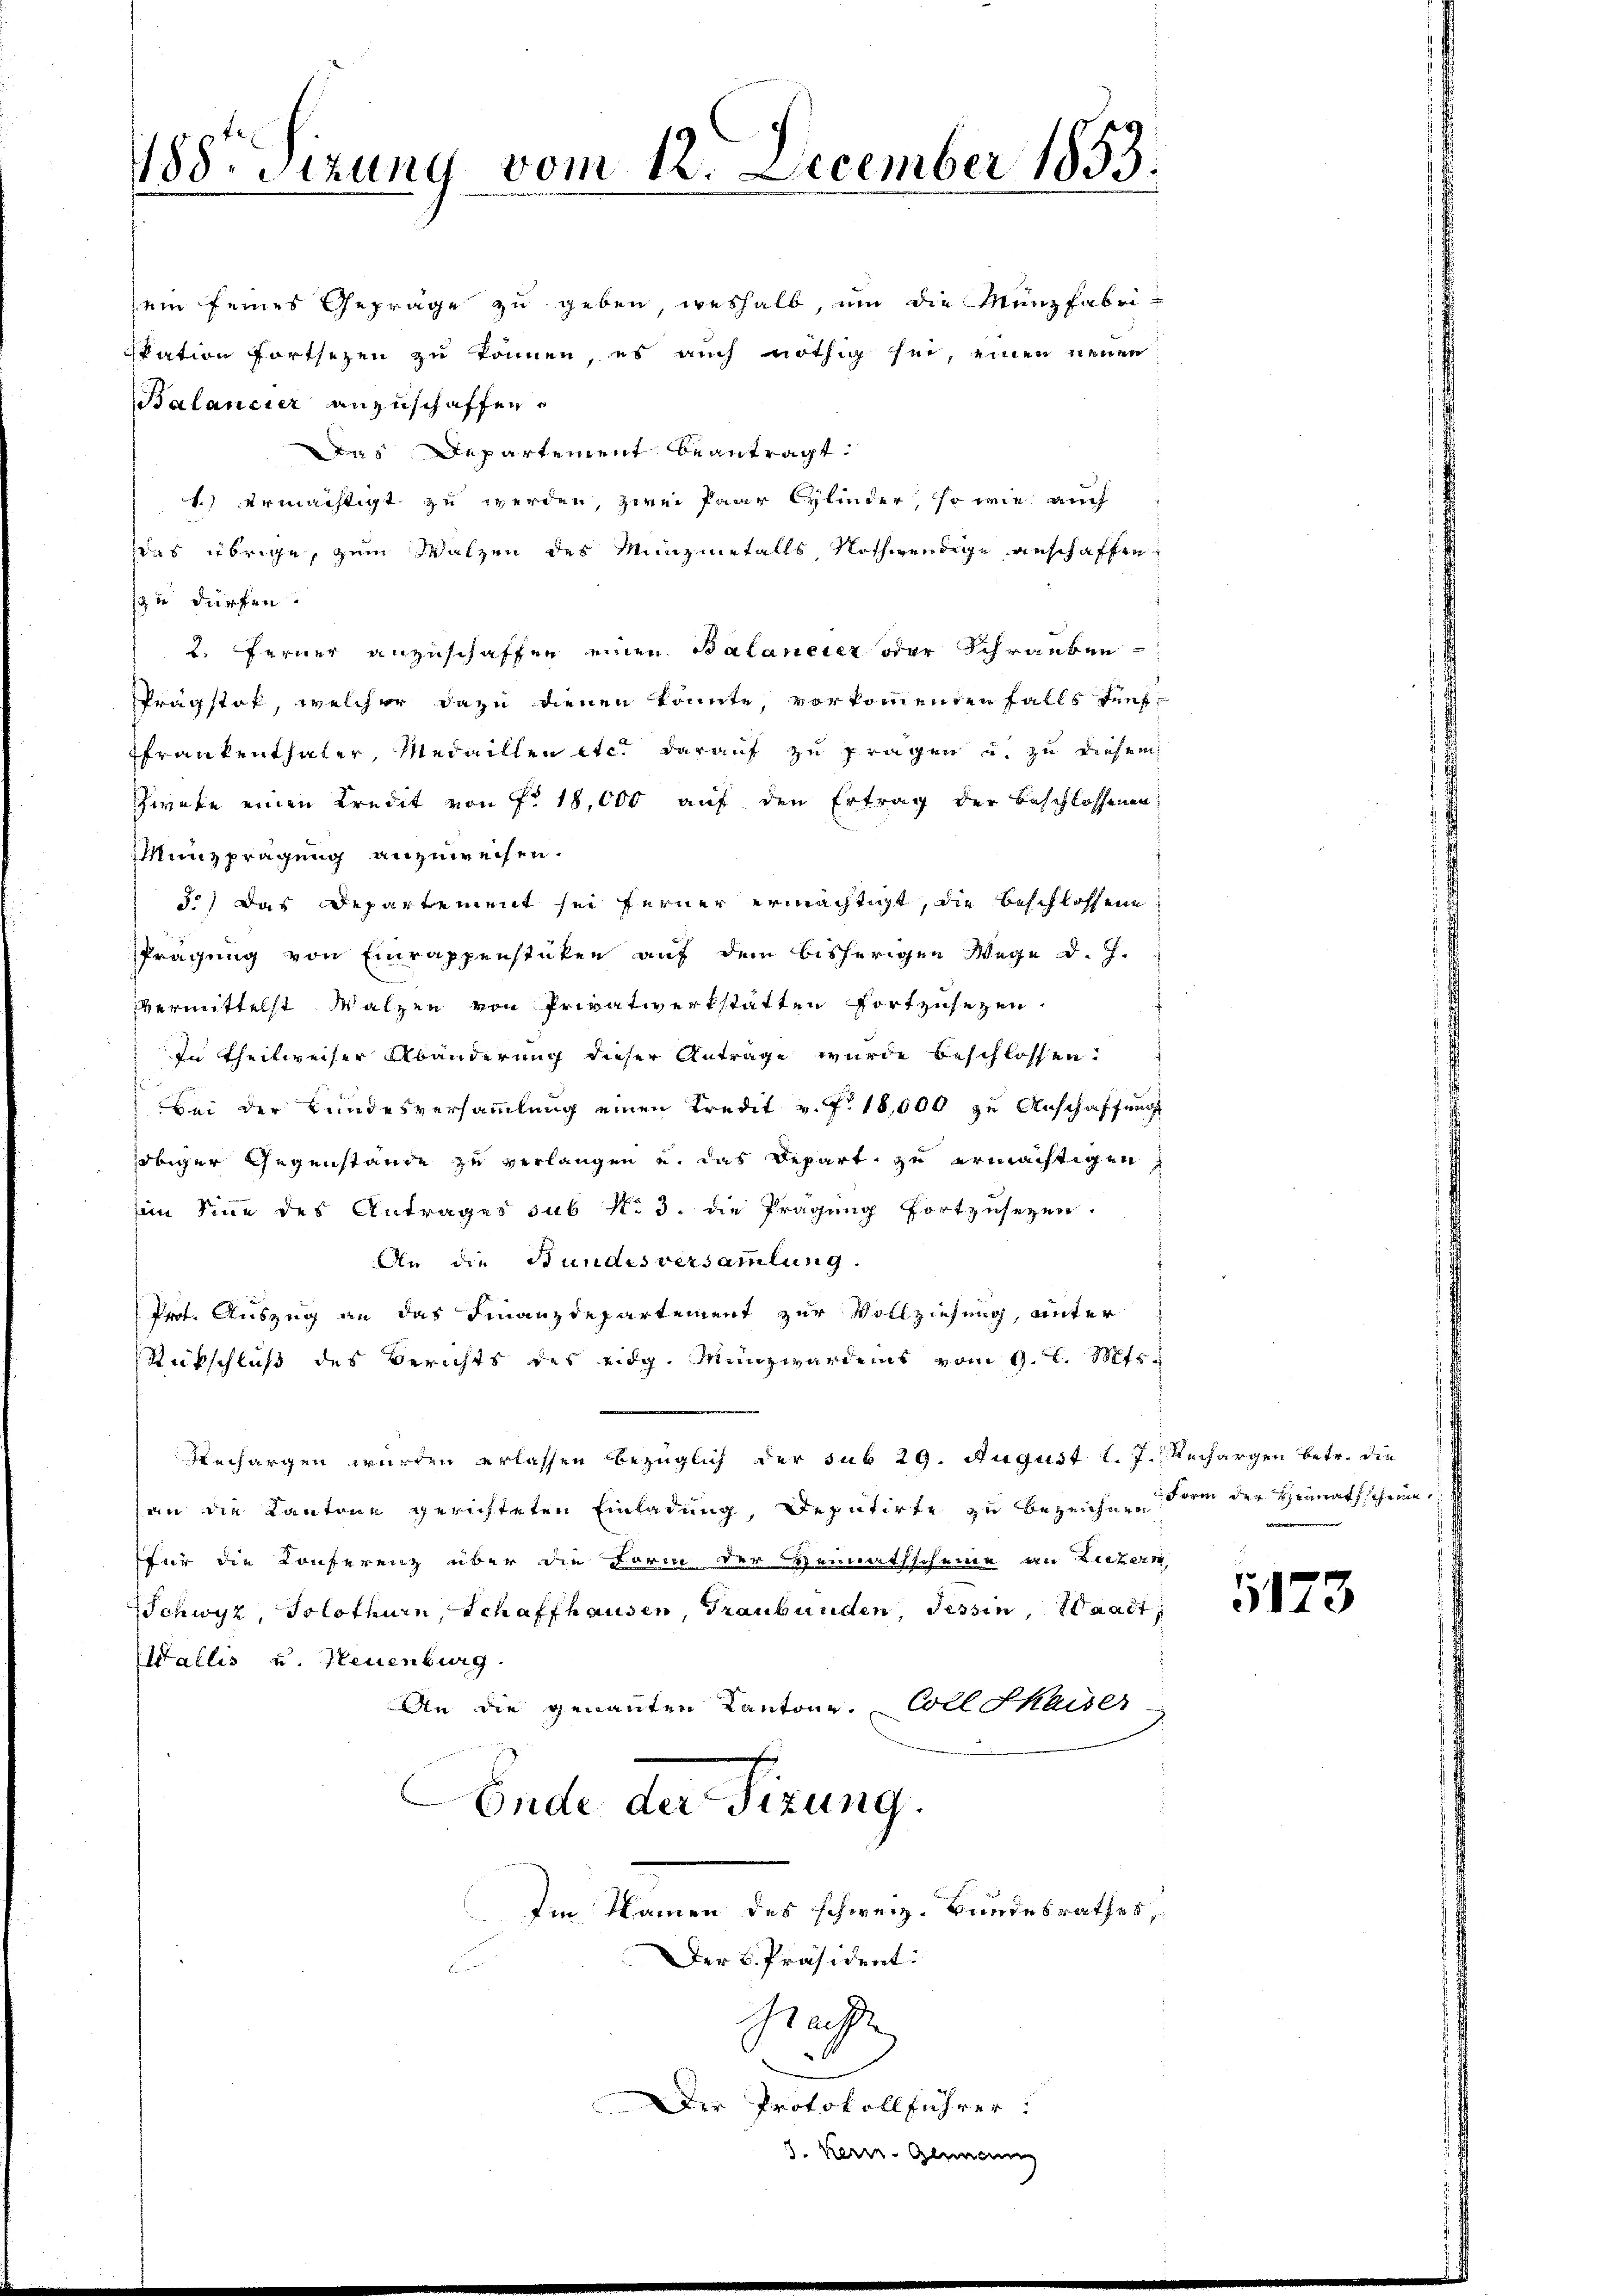
488. Sizung vom 12. December 1853.

sein seines Gepräge zu geben, weshalb, um die Münzfabri-
kation fortsezen zu können, es auch nöthig sei, einen neuen
alancier anzuschaffen.
us Departement beantragt.
1.) ermächtigt zu werden, zwei Paar Cylinder, so wie auch
as übrige, zum Walzen des Minzmetalls, Nothwendige anschaffen
zu dürfen.
2. ferner anzuschaffen einen Balaneter oder Schrauben
Prägstok, welcher dazu dienen könnte, vorkommenden falls fünf¬
Frankenthaler, Medaillen etc. darauf zu fragen u. zu diesem
Zwete einen Kredit von Fr. 18,000 auf den Ertrag der Beschlossenen,
Münzprägung anzuweisen.
3.) Das Departement sei ferner ermächtigt, die beschlossene
Prägung von Einrappenstücken auf dem bisherigen Wege d. J.
vermittelst Walzen von Privatwerkstatten fortzusezen.
In Theilweiser Abänderung dieser Antrage wurde beschlossen:
.
Bei der Bundesversammlung einen Kredit v. J. 18,000 zu Anschaffung
obiger Gegenstände zu verlangen u. das Depart zu ermächtigen
sein Sinne des Antrages sub No. 3. die Prägung fortzusetzen.
An die Bundesversammlung.
Prot. Auszug an das Finanzdepartement zur Vollziehung, unter
Rückschluß des Berichts des eidg. Münzwardens vom 9. l. Mts.
Mechargen wurden erlassen bezüglich der sub 29. August l. J. Rechargen betr. die
an die Kantone gerichteten Einladung, Deputirte zu bezeichnen Form der Heimathscheine
für die Konferenz über die Form der Heimathscheine an Luzern,
Schwyz, Solothurn, Schaffhausen, Graubünden, Tessin, Waadt,
Wallis u. Neuenburg
An die genannten Kantone. Coll Skaises
Ende der Sizung.
Im Namen des schweiz. Bundesrathes,
Der K. Präsident:
Grachte
Der Protokollführer:

1173